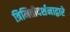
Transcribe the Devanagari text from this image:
त्रिमितीदर्शनाद्वारे